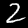
Label: 2